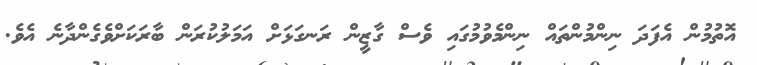
އޮތުމުން އެފަދަ ނިންމުންތައް ނިންމެވުމުގައި ވެސް ގާޒީން ރަނގަޅަށް އަމަލުކުރަން ބާރަކަށްވެގެންދާނެ އެވެ.